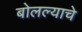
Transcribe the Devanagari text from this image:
बोलल्याचे